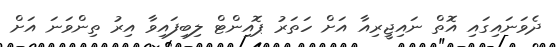
ދެވަނައިގައި އޮތް ނައިޖީރިއާ އަށް ހަތަރު ޕޮއިންޓް ލިބިފައިވާ އިރު ތިންވަނަ އަށް